Calcutta medical institutions reports 1871-78
Year: 1871
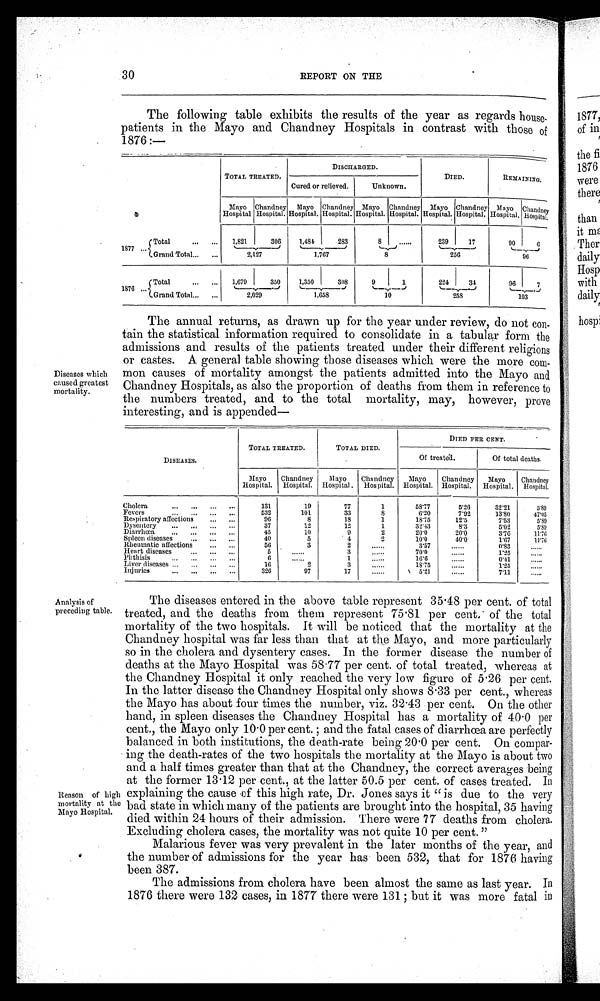
30
REPORT ON THE
The following table exhibits the results of the year as regards house-
patients in the Mayo and Chandney Hospitals in contrast with those of
1876 :—
TOTAL TREATED.
DISCHARGED.
DIED.
REMAINING.
Cured or relieved.
Unknown.
Mayo
Hospital
Chandney
Hospital.
Mayo
Hospital.
Chandney
Hospital.
Mayo
Hospital.
Chandney
Hospital.
Mayo
Hospital.
Chandney
Hospital.
Mayo
Hospital.
Chandney
Hospital.
1877
1 821
,
306
1,481
.._
283
8
......
239
17
90 I
6
Grand Total...
. . .
2,127
1,767
8
256
96
1876 ... .
(Total
1,679
350
._J
1,350
-
308
9
1
224
34
96
7
Grand Grand Total...
...
2,029
1,658
10
258
—--_,
103
Diseases which
caused greatest
mortality.
The annual returns, as drawn up for the year under review, do not con-
tain the statistical information required to consolidate in a tabular form the
admissions and results of the patients treated under their different religions
or castes. A general table showing those diseases which were the more com-
mon causes of mortality amongst the patients admitted into the Mayo and
Chandney Hospitals, as also the proportion of deaths from them in reference to
the numbers treated, and to the total mortality, may, however, prove
interesting, and is appended-
-- —
DISEASES.
TOTAL TREATED.
TOTAL DIED.
.
DIED PER CENT.
Of treated.
Of total deaths.
Mayo
Hospital.
Chandney
Hospital.
Mayo
Hospital.
Chandney
Hospital.
Mayo
Hospital.
Chandney
Hospital.
Mayo
Hospital.
Chandney
Hospital.
Cholera
...
...
...
...
131
19
77
1
5 8 . 7 7
5'26
32'21
5 . 8 9
Fevers
...
...
532
101
33
8
6'20
7'92
13'80
47'05
Respiratory affections
...
...
96
8
18
1
18'75
12.5
7.53
5.59
Dysentery
...
...
...
...
37
12
12
1
3 2 . 4 3
8'3
5 . 0 2
5 . 8 9
Diarrhœa
...
...
...
...
45
10
9
2
20.0
20'0
3'76
11.76
Spleen diseases
...
...
...
40
5
. 4
2
10'0
40.0.
1.67
11.76
Rheumatic affections
...
...
56
3
2
......
3'57
......
0'83
......
H eart diseases
...
...
...
5
......
3
......
70.0
......
1'25
......
Phthisis...
...
...
...
6
......
1
......
16'6
......
0'11
......
Liver diseases ...
...
...
...
16
2
3
......
18.75
......
1'25
......
Injuries
...
...
...
...
326
97
17
......
5.21
......
7'11
......
Analysis of
preceding table.
Reason of high
mortality at the
Mayo Hospital.
The diseases entered in the above table represent 35 . 48 per cent. of total
treated, and the deaths from them represent 75 . 81 per cent.' of the total
mortality of the two hospitals. It will be noticed that the mortality at the
Chandney hospital was far less than that at the Mayo, and more particularly
so in the cholera and dysentery cases. In the former disease the number of
deaths at the Mayo Hospital was 58 . 77 per cent. of total treated, whereas at
the Chandney Hospital it only reached the very low figure of 5 . 26 per cent.
In the latter disease the Chandney Hospital only shows 8 . 33 per cent., whereas
the Mayo has about four times the number, viz. 32 . 43 per cent. On the other
hand, in spleen diseases the Chandney Hospital has a mortality of 40 . 0 per
cent., the Mayo only 10 . 0 per cent. and the fatal cases of diarrhœa are perfectly
balanced in both institutions, the death-rate being 20 . 0 per cent. On compar-
ing the death-rates of the two hospitals the mortality at the Mayo is about two
and a half times greater than that at the Chandney, the correct averages being
at the former 13 . 12 per cent., at the latter 50.5 per cent. of cases treated. In
explaining the cause of this high rate, Dr. Jones says it " is due to the very
bad state in which many of the patients are brought into the hospital, 35 having
died within 24 hours of their admission. There were 77 deaths from cholera.
Excluding cholera cases, the mortality was not quite 10 per cent. "
Malarious fever was very prevalent in the later months of the year, and
the number of admissions for the year has been 532, that for 1876 having
been 387.
The admissions from cholera have been almost the same as last year. In
1876 there were 132 cases, in 1877 there were 131 but it was more fatal in